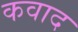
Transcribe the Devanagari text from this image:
कवाद